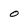
Character: o